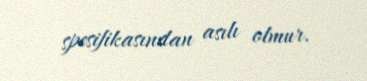
spesifikasından asılı olmur.